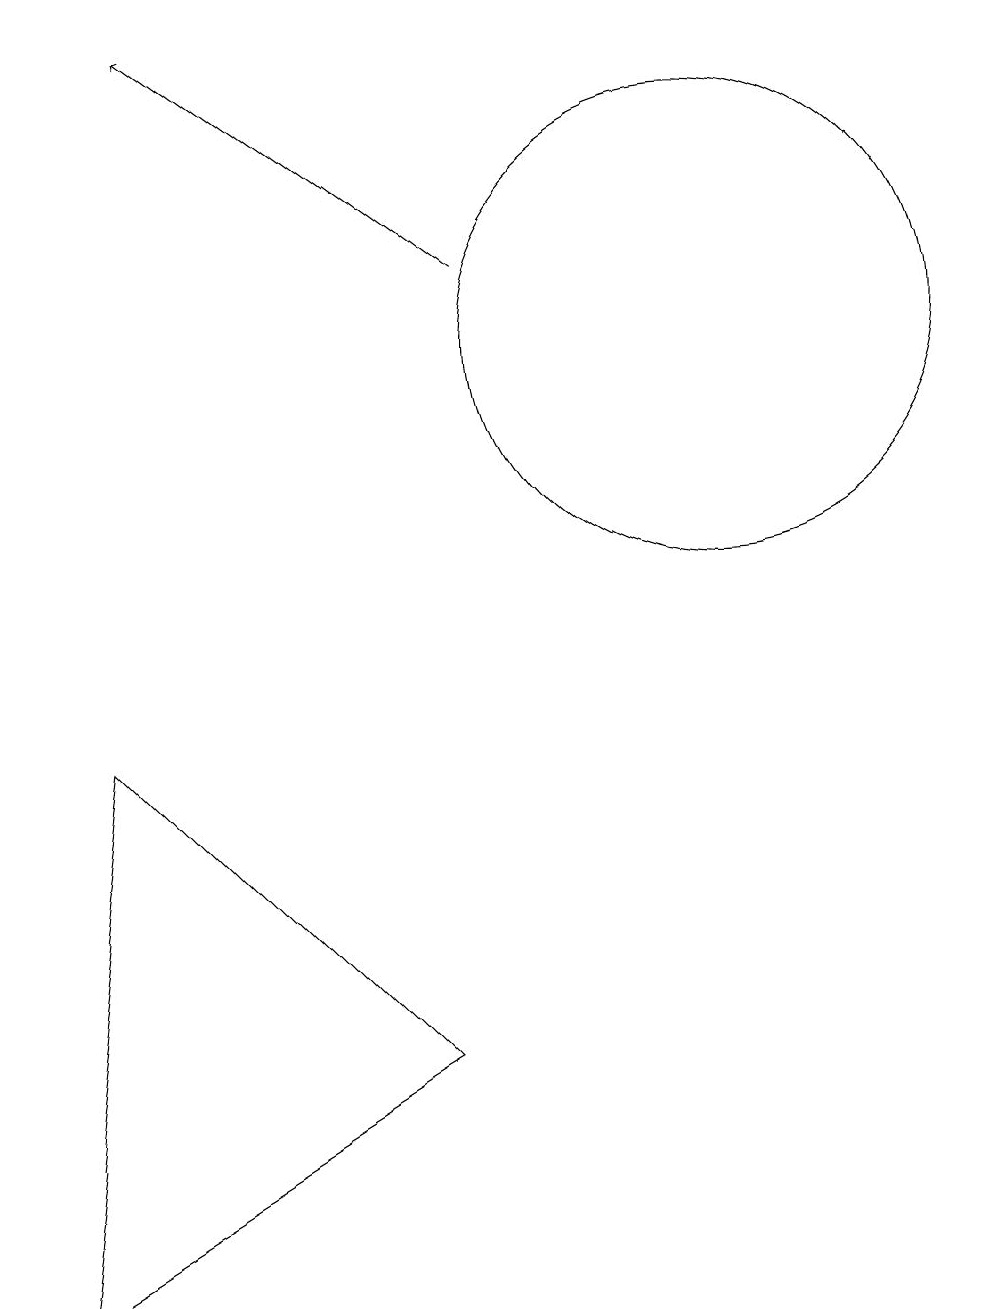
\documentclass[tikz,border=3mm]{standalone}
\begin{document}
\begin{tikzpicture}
\draw (10,12) circle (3);
\draw (6,3) -- (2,7) -- (1,0) -- cycle;
\draw[->] (7,13) -- (3,16);
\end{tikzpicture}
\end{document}